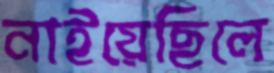
নাইয়েছিলে